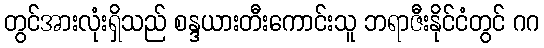
တွင်အားလုံးရှိသည် စန္ဒယားတီးကောင်းသူ ဘရာဇီးနိုင်ငံတွင် ဂဂ